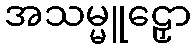
အသမ္မူဠှော